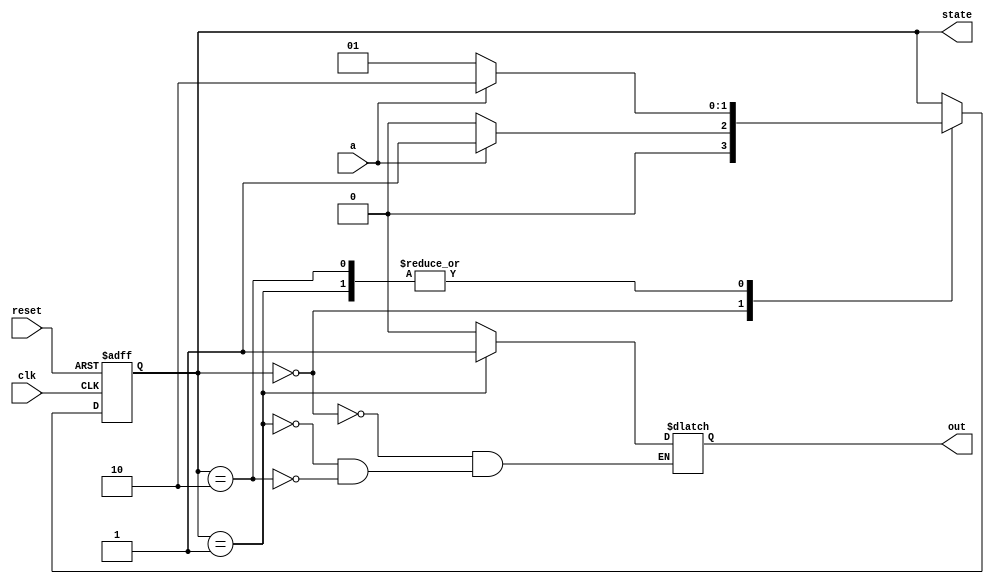
`timescale 1ns / 1ps
//////////////////////////////////////////////////////////////////////////////////
// Company: 
// Engineer: 
// 
// Design Name: 
// Module Name: MooreMachine
// Project Name: 
// Target Devices: 
// Tool Versions: 
// Description: 
// 
// Dependencies: 
// 
// Revision:
// Revision 0.01 - File Created
// Additional Comments:
// 
//////////////////////////////////////////////////////////////////////////////////


module moore_machine(clk, reset, a, out, state);
parameter s0 = 2'b00, s1 = 2'b01, s2 = 2'b10;
integer i;
input clk, reset, a;
output reg out;
output reg [1:0] state;


always @(posedge clk, negedge reset)
begin
 if(!reset)
 state<=s0;
 else
 begin
 case(state)
 s0:if(!a)
 state<=s0;
 else
 state<=s1;
 s1:if(!a)
 state<=s1;
 else
 state<=s2;
 s2:if(!a)
 state<=s1;
 else
 state<=s2;
 endcase
 end
end
always @(state)
 begin
 case(state)
 s0: out<=0;
 s1: out<=1;
 s2: out<=0;
 endcase
 end
endmodule